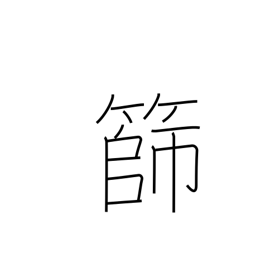
Meaning: sieve